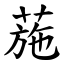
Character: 葹